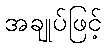
အချုပ်ဖြင့်